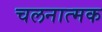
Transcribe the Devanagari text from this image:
चलनात्मक